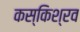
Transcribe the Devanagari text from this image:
कस्किश्रव